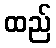
ထည်